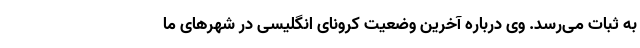
به ثبات می‌رسد. وی درباره آخرین وضعیت کرونای انگلیسی در شهرهای ما